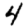
Digit: 4